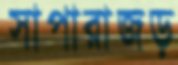
সাপারাজড়